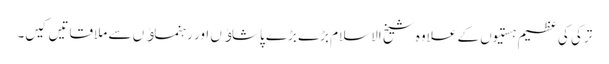
ترکی کی عظیم ہستیوں کے علاوہ شیخ الاسلام بڑے بڑے پاشاﺅں اور رہنماﺅں سے ملاقاتیں کیں۔